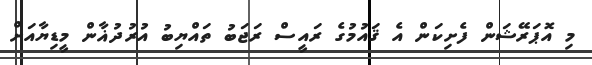
މި އޮޕަރޭޝަން ފެށިކަން އެ ޤައުމުގެ ރައީސް ރަޖަބު ތައްޔިބު އުރުދުޣާން މީޑިޔާއަށް